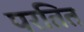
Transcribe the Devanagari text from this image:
परतित